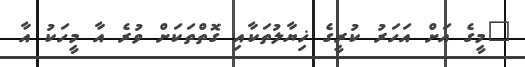
"މީގެ އަށް އަހަރު ކުރީގެ ޚިޔާލުތަކާއި ގޮތްތަކަށް ވުރެ އާ މީހަކު އާ